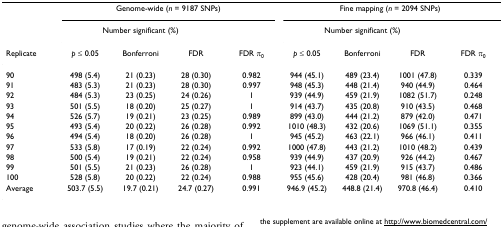
<table><thead><tr><td></td><td colspan="4"><b>Genome-wide (<i>n </i>= 9187 SNPs)</b></td><td colspan="4"><b>Fine mapping (<i>n </i>= 2094 SNPs)</b></td></tr><tr><td></td><td colspan="3"><b>Number significant (%)</b></td><td></td><td colspan="3"><b>Number significant (%)</b></td><td></td></tr><tr><td><b>Replicate</b></td><td><b><i>p </i>≤ 0.05</b></td><td><b>Bonferroni</b></td><td><b>FDR</b></td><td><b>FDR π<sub>0</sub></b></td><td><b><i>p </i>≤ 0.05</b></td><td><b>Bonferroni</b></td><td><b>FDR</b></td><td><b>FDR π<sub>0</sub></b></td></tr></thead><tbody><tr><td>90</td><td>498 (5.4)</td><td>21 (0.23)</td><td>28 (0.30)</td><td>0.982</td><td>944 (45.1)</td><td>489 (23.4)</td><td>1001 (47.8)</td><td>0.339</td></tr><tr><td>91</td><td>483 (5.3)</td><td>21 (0.23)</td><td>28 (0.30)</td><td>0.997</td><td>948 (45.3)</td><td>448 (21.4)</td><td>940 (44.9)</td><td>0.464</td></tr><tr><td>92</td><td>484 (5.3)</td><td>23 (0.25)</td><td>24 (0.26)</td><td>1</td><td>939 (44.9)</td><td>459 (21.9)</td><td>1082 (51.7)</td><td>0.248</td></tr><tr><td>93</td><td>501 (5.5)</td><td>18 (0.20)</td><td>25 (0.27)</td><td>1</td><td>914 (43.7)</td><td>435 (20.8)</td><td>910 (43.5)</td><td>0.468</td></tr><tr><td>94</td><td>526 (5.7)</td><td>19 (0.21)</td><td>23 (0.25)</td><td>0.989</td><td>899 (43.0)</td><td>444 (21.2)</td><td>879 (42.0)</td><td>0.471</td></tr><tr><td>95</td><td>493 (5.4)</td><td>20 (0.22)</td><td>26 (0.28)</td><td>0.992</td><td>1010 (48.3)</td><td>432 (20.6)</td><td>1069 (51.1)</td><td>0.355</td></tr><tr><td>96</td><td>494 (5.4)</td><td>18 (0.20)</td><td>26 (0.28)</td><td>1</td><td>945 (45.2)</td><td>463 (22.1)</td><td>966 (46.1)</td><td>0.411</td></tr><tr><td>97</td><td>533 (5.8)</td><td>17 (0.19)</td><td>22 (0.24)</td><td>0.992</td><td>1000 (47.8)</td><td>443 (21.2)</td><td>1010 (48.2)</td><td>0.439</td></tr><tr><td>98</td><td>500 (5.4)</td><td>19 (0.21)</td><td>22 (0.24)</td><td>0.958</td><td>939 (44.9)</td><td>437 (20.9)</td><td>926 (44.2)</td><td>0.467</td></tr><tr><td>99</td><td>501 (5.5)</td><td>21 (0.23)</td><td>26 (0.28)</td><td>1</td><td>923 (44.1)</td><td>459 (21.9)</td><td>915 (43.7)</td><td>0.486</td></tr><tr><td>100</td><td>528 (5.8)</td><td>20 (0.22)</td><td>22 (0.24)</td><td>0.988</td><td>955 (45.6)</td><td>428 (20.4)</td><td>981 (46.8)</td><td>0.366</td></tr><tr><td>Average</td><td>503.7 (5.5)</td><td>19.7 (0.21)</td><td>24.7 (0.27)</td><td>0.991</td><td>946.9 (45.2)</td><td>448.8 (21.4)</td><td>970.8 (46.4)</td><td>0.410</td></tr></tbody></table>